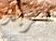
تريد